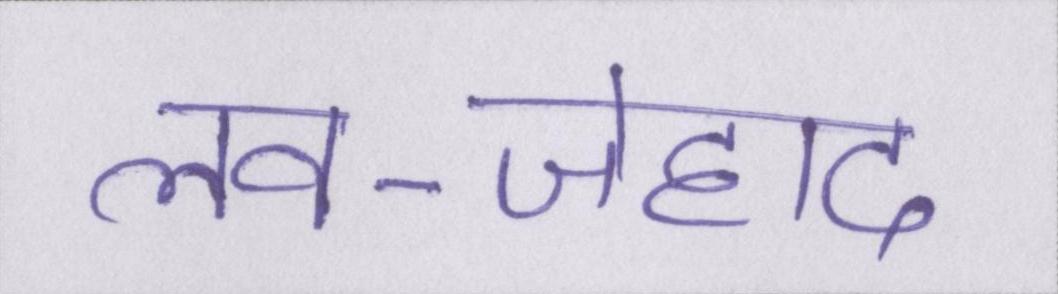
लव-जेहाद